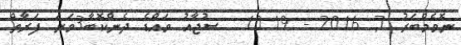
ނޮވެމްބަރު 7